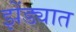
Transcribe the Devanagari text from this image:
झेंड्यात